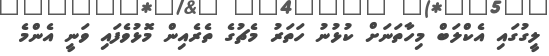
ލީގުގައި އެކްލަބް މިހާތަނަށް ކުޅުނު ހަތަރު މެޗުގެ ތެރެއިން މޮޅުވެފައި ވަނީ އެންމެ